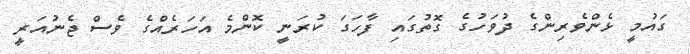
ގައުމީ ޅެންވެރިންގެ ދުވަހުގެ ގޮތުގައި ފާހަގަ ކުރަނީ ކޮންމެ އަހަރެއްގެ ވެސް ޖެނުއަރީ